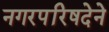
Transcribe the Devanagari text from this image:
नगरपरिषदेने